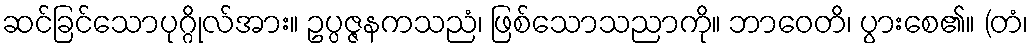
ဆင်ခြင်သောပုဂ္ဂိုလ်အား။ ဥပ္ပဇ္ဇနကသညံ၊ ဖြစ်သောသညာကို။ ဘာဝေတိ၊ ပွားစေ၏။ (တံ၊